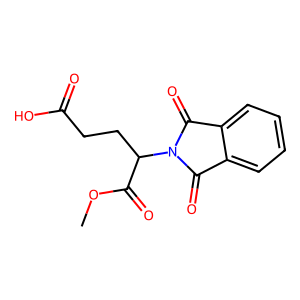
SMILES: COC(=O)C(CCC(=O)O)N1C(=O)c2ccccc2C1=O
Inhibits HIV replication: No